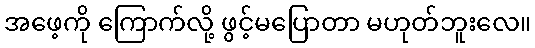
အဖေ့ကို ကြောက်လို့ ဖွင့်မပြောတာ မဟုတ်ဘူးလေ။